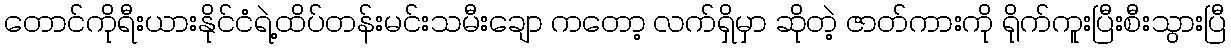
တောင်ကိုရီးယားနိုင်ငံရဲ့ထိပ်တန်းမင်းသမီးချော ကတော့ လက်ရှိမှာ ဆိုတဲ့ ဇာတ်ကားကို ရိုက်ကူးပြီးစီးသွားပြီ